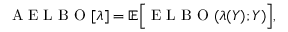
\mathrm { ~ A ~ E ~ L ~ B ~ O ~ } [ \lambda ] = \mathbb { E } \Big [ \mathrm { ~ E ~ L ~ B ~ O ~ } ( \lambda ( Y ) ; Y ) \Big ] ,